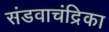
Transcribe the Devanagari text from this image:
संडवाचंद्रिका